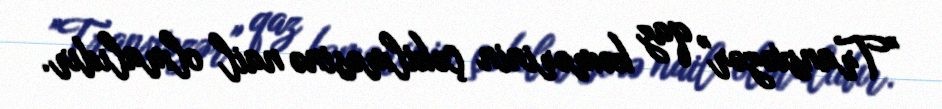
”Transxəzər" qaz kəmərinin çəkilməsinə nail olmalıdır.